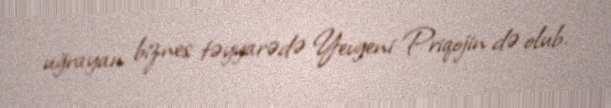
uğrayan biznes təyyarədə Yevgeni Priqojin də olub.